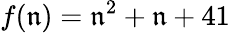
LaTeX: f(\mathfrak{n})=\mathfrak{n}^{2}+\mathfrak{n}+41